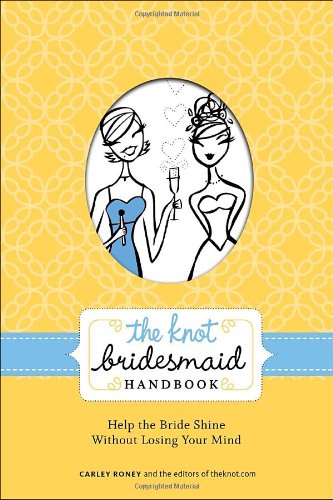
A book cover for The Knot Bridesmaid Handbook: Help the Bride Shine Without Losing Your Mind; Carley Roney; Crafts, Hobbies & Home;